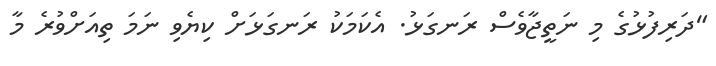
"ދަރިފުޅުގެ މި ނަތީޖާވެސް ރަނގަޅު. އެކަމަކު ރަނގަޅަށް ކިޔެވި ނަމަ ތިއަށްވުރެ މާ